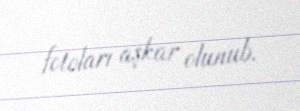
fotoları aşkar olunub.